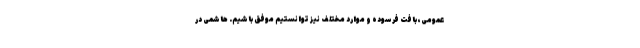
عمومی، بافت فرسوده و موارد مختلف نیز توانستیم موفق باشیم. هاشمی در